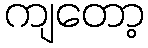
ကျတော့